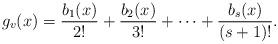
LaTeX: \begin{align*}g_v(x)=\frac{b_1(x)}{2!} + \frac{b_2(x)}{3!}+\dots+\frac{b_s(x)}{(s+1)!}. \end{align*}